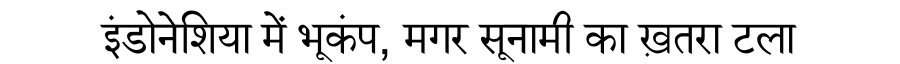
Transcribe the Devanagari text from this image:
इंडोनेशिया में भूकंप, मगर सूनामी का ख़तरा टला